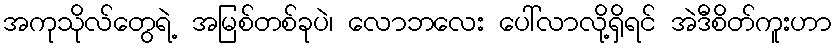
အကုသိုလ်တွေရဲ့ အမြစ်တစ်ခုပဲ၊ လောဘလေး ပေါ်လာလို့ရှိရင် အဲဒီစိတ်ကူးဟာ